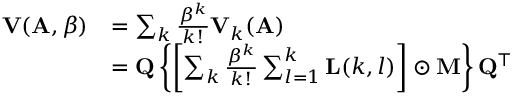
\begin{array} { r l } { \mathbf { V } ( \mathbf { A } , \beta ) } & { = \sum _ { k } \frac { \beta ^ { k } } { k ! } \mathbf { V } _ { k } ( \mathbf { A } ) } \\ & { = \mathbf { Q } \left\{ \left[ \sum _ { k } \frac { \beta ^ { k } } { k ! } \sum _ { l = 1 } ^ { k } \mathbf { L } ( k , l ) \right] \odot \mathbf { M } \right\} \mathbf { Q } ^ { \top } } \end{array}